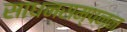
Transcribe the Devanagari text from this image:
साधनसम्पन्न